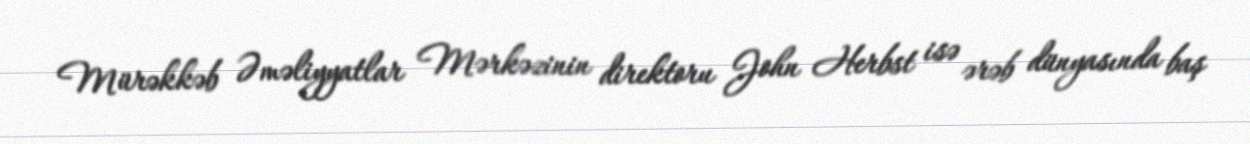
Mürəkkəb Əməliyyatlar Mərkəzinin direktoru John Herbst isə ərəb dünyasında baş